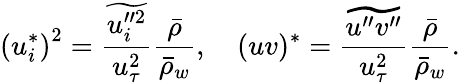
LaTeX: \left(u_{i}^{*}\right)^{2}=\frac{\widetilde{u_{i}^{\prime\prime 2}}}{u_{\tau}^{2}}\frac{\bar{\rho}}{\bar{\rho}_{w}},\quad(uv)^{*}=\frac{\widetilde{u^{\prime\prime}v^{\prime\prime}}}{u_{\tau}^{2}}\frac{\bar{\rho}}{\bar{\rho}_{w}}.